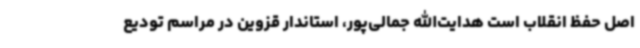
اصل حفظ انقلاب است هدایت‌الله جمالی‌پور، استاندار قزوین در مراسم تودیع